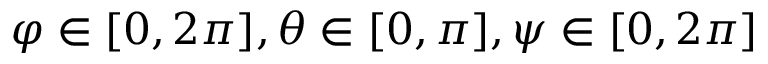
\varphi \in [ 0 , 2 \pi ] , \theta \in [ 0 , \pi ] , \psi \in [ 0 , 2 \pi ]